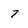
Character: 7